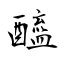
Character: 醯